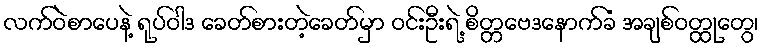
လက်ဝဲစာပေနဲ့ ရုပ်ဝါဒ ခေတ်စားတဲ့ခေတ်မှာ ဝင်းဦးရဲ့ စိတ္တဗေဒနောက်ခံ အချစ်ဝတ္ထုတွေ၊